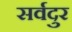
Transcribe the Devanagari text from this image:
सर्वदुर